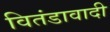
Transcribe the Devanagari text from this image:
वितंडावादी